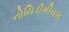
નોયિડીમીયમ